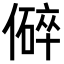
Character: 𪝬